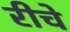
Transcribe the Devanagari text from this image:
रीचे